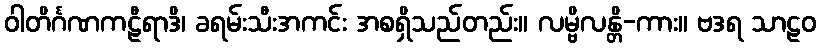
ဝါတိင်္ဂဏကဠီရာဒိ၊ ခရမ်းသီးအကင်း အစရှိသည်တည်း။ လမ္ဗိလန္တိ-ကား။ ဗဒရ သာဠဝ